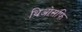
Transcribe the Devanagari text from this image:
थिओसफि